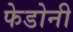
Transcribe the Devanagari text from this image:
फेडोनी